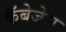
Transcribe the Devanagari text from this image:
कॅबेजेस